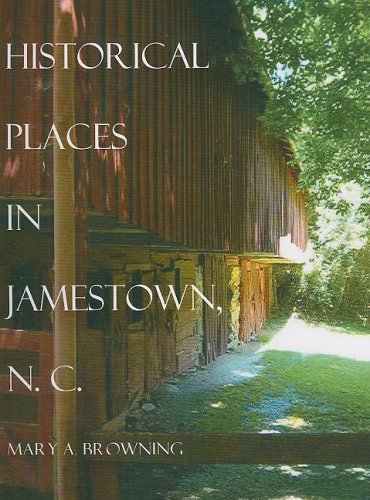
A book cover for Historical Places in and around Jamestown, North Carolina; Mary Browning; Travel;